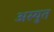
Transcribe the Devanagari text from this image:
अस्युत